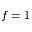
f = 1